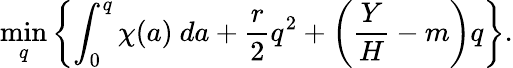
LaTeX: \operatorname*{min}_{q}\left\{ \int_{0}^{q}\chi(a)~da+\frac{r}{2}q^{2}+\left(\frac{Y}{H}-m\right)q\right\} .